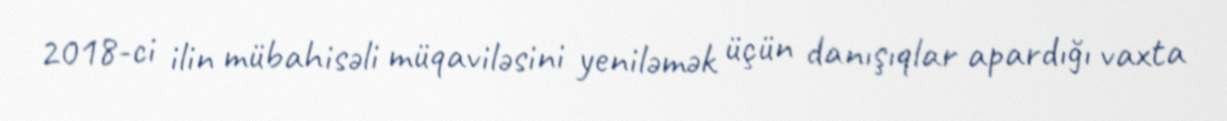
2018-ci ilin mübahisəli müqaviləsini yeniləmək üçün danışıqlar apardığı vaxta